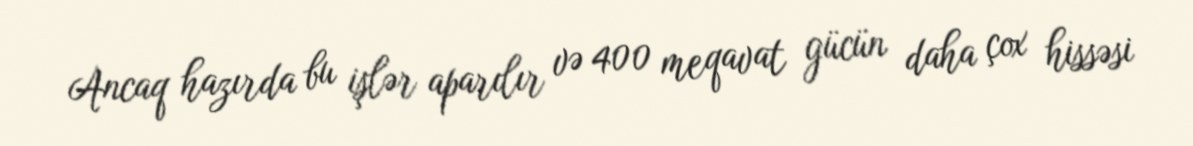
Ancaq hazırda bu işlər aparılır və 400 meqavat gücün daha çox hissəsi